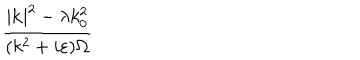
\frac { | \mathbf { k } | ^ { 2 } - \lambda k _ { 0 } ^ { 2 } } { ( k ^ { 2 } + i \varepsilon ) \Omega }